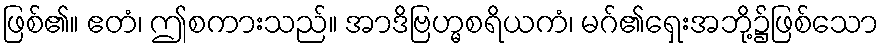
ဖြစ်၏။ ဧတံ၊ ဤစကားသည်။ အာဒိဗြဟ္မစရိယကံ၊ မဂ်၏ရှေးအဘို့၌ဖြစ်သော